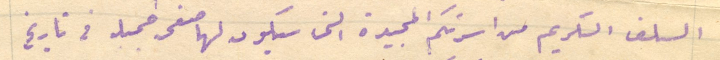
السلف الكريم من اسرتكم  المجيدة التى سيكون لها صفحة جميلة فى تاريخ